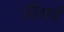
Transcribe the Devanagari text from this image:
प्रीसर्व